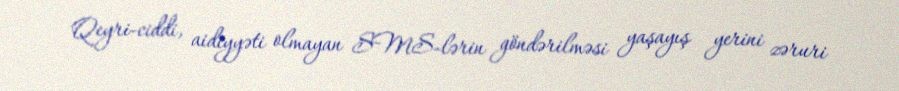
Qeyri-ciddi, aidiyyəti olmayan SMS-lərin göndərilməsi yaşayış yerini zəruri